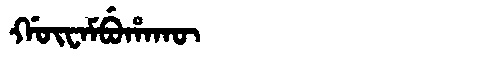
Manchu: ᡤᡡᠸᠠᠮᠪᡠᡥᠠᡴᡡ
Romanization: GŪWAMBUHAKŪ